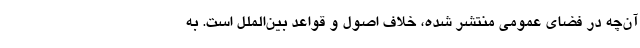
آن‌چه در فضای عمومی منتشر شده، خلاف اصول و قواعد بین‌الملل است. به